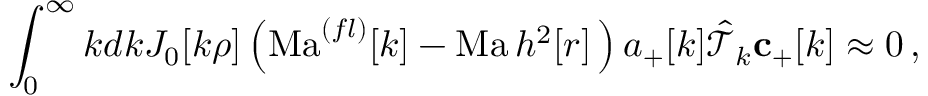
\int _ { 0 } ^ { \infty } k d k J _ { 0 } [ k \rho ] \left( \mathrm { M a } ^ { ( f l ) } [ k ] - \mathrm { M a } \, h ^ { 2 } [ r ] \, \right) { a _ { + } [ k ] } \hat { \mathcal { T } } _ { k } \mathbf { c } _ { + } [ k ] \approx 0 \, , \